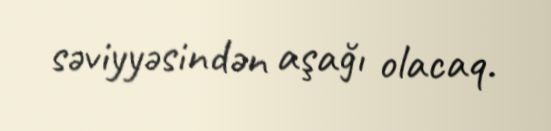
səviyyəsindən aşağı olacaq.